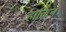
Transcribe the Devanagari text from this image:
हार्किन